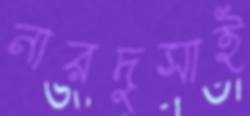
নারদুসাই